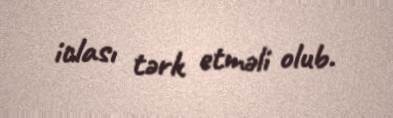
iclası tərk etməli olub.